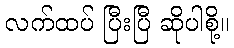
လက်ထပ် ပြီးပြီ ဆိုပါစို့။